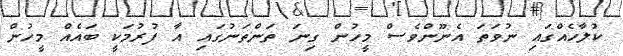
ކުލާހެއްގައި ނުވަތަ އެނޫންވެސް މީހުން ގިނަ ތަންތަނުގައި އާ ފުރުމަކީ ބައެއް މީހުން